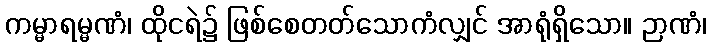
ကမ္မာရမ္မဏံ၊ ထိုငရဲ၌ ဖြစ်စေတတ်သောကံလျှင် အာရုံရှိသော။ ဉာဏံ၊